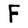
Character: F